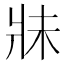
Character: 𱭏